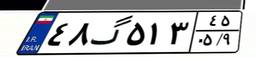
۶۵گ۹۰۲۶۵